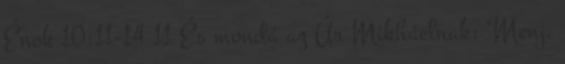
Énok 10:11-14 11 És mondá az Úr Mikháelnak: "Menj,